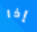
إذا